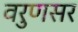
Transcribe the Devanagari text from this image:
वरुणसर